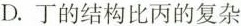
D.丁的结构比丙的复杂